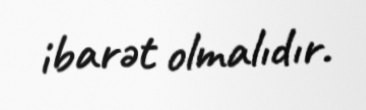
ibarət olmalıdır.